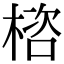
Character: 㮞